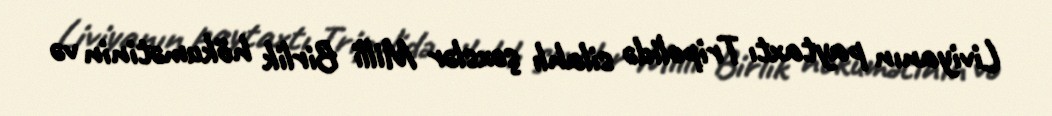
Liviyanın paytaxtı Tripolidə silahlı şəxslər Milli Birlik hökumətinin və